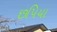
છપિયા